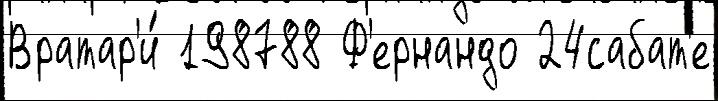
Вратар'и́ 198788 Ф'ернандо 24сабат'е